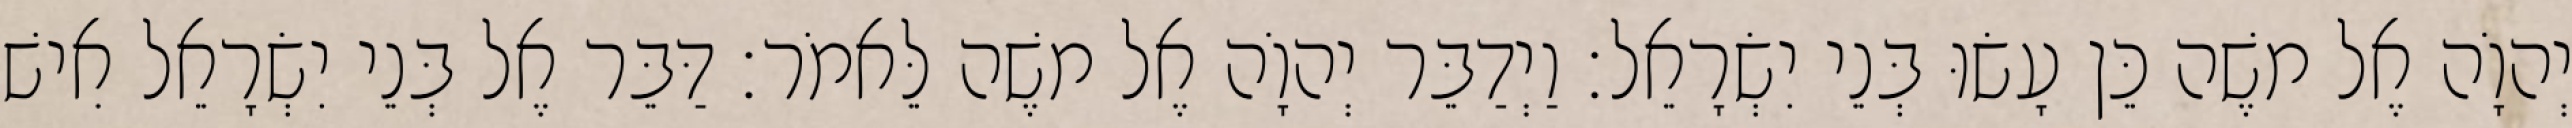
יְהוָֹה אֶל משֶׁה כֵּן עָשׂוּ בְּנֵי יִשְׂרָאֵל׃ וַיְדַבֵּר יְהוָֹה אֶל משֶׁה לֵּאמֹר׃ דַּבֵּר אֶל בְּנֵי יִשְׂרָאֵל אִישׁ